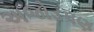
અજોડપણ